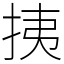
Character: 挗